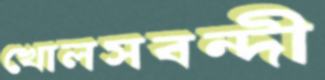
খোলসবন্দী